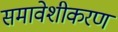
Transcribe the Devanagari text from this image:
समावेशीकरण